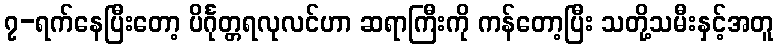
၇-ရက်နေပြီးတော့ ပိင်္ဂုတ္တရလုလင်ဟာ ဆရာကြီးကို ကန်တော့ပြီး သတို့သမီးနှင့်အတူ